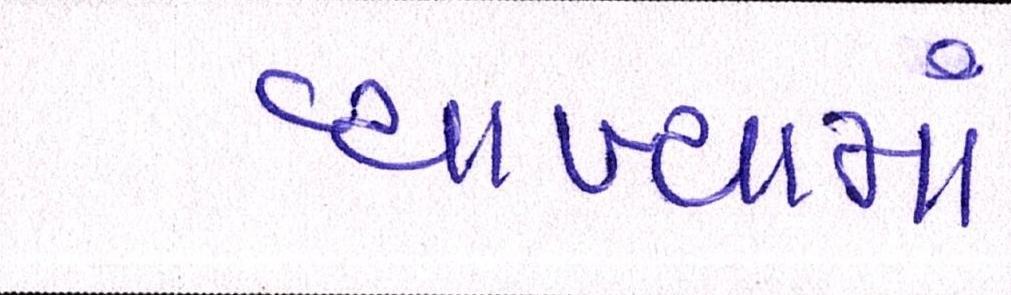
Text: વ્યાખ્યામાં